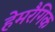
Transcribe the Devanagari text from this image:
हेमरैगिक